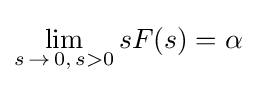
\lim _{s\,\to \,0,\,s>0}{sF(s)}=\alpha